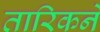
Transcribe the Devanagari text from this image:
तारिकने